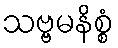
သဗ္ဗမနိစ္စံ